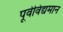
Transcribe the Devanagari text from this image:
पूर्वविद्यमान